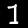
Label: 1